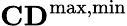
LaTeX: \mathbf{CD}^{\mathrm{{max,min}}}